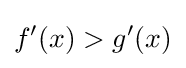
f'(x)>g'(x)